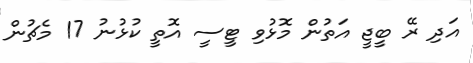
އަދި ރޭ ބީޖީ އަތުން މޮޅުވި ޓީސީ އޮތީ ކުޅުުނު 17 މެޗުން